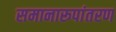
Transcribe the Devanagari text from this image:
समानारूपांतरण